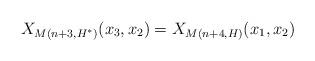
LaTeX: \begin{align*}X_{M(n+3, H^*)}(x_3, x_2) = X_{M(n+4, H)}(x_1, x_2)\end{align*}